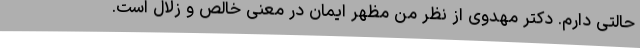
حالتی دارم. دکتر مهدوی از نظر من مظهر ایمان در معنی خالص و زُلال است.